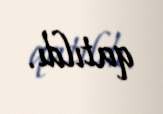
qatıldı.